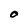
Character: O